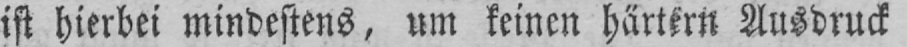
ist hierbei mindestens, um keinen härtern Ausdruck